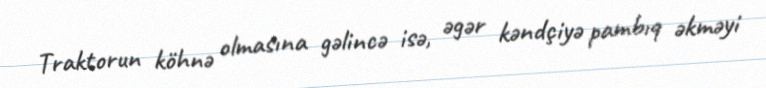
Traktorun köhnə olmasına gəlincə isə, əgər kəndçiyə pambıq əkməyi